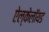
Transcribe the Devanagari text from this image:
ऐल्केलॉयड